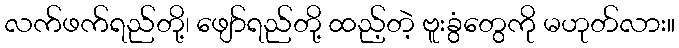
လက်ဖက်ရည်တို့၊ ဖျော်ရည်တို့ ထည့်တဲ့ ဗူးခွံတွေကို မဟုတ်လား။